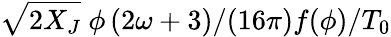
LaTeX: \sqrt{2X_{J}}~\phi\left(2\omega+3)/(16\pi\right)f(\phi)/T_{0}